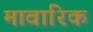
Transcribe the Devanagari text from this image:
मावारिक